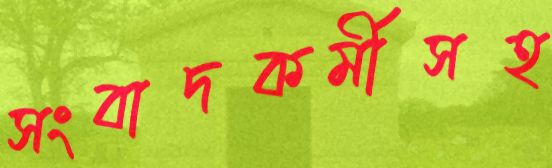
সংবাদকর্মীসহ